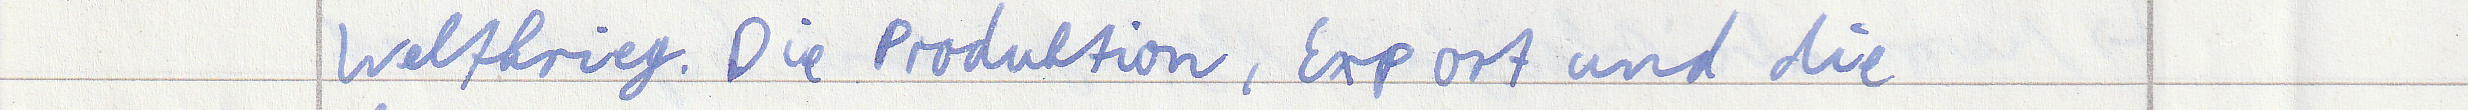
Weltkrieg. Die Produktion, Export und die